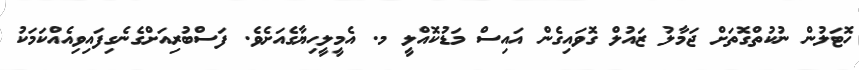
ހޮޓަލުން ނުކުތްގޮތަށް ޖަމާލު ޒައުލް ގޮވައިގެން އައިސް މަޑުކޮއްލީ މ. އެމީލީހިޔާގެއަށެވެ. ފަސްބުރިއަށްގެނެގިފައިވިއެއްކަމަކު